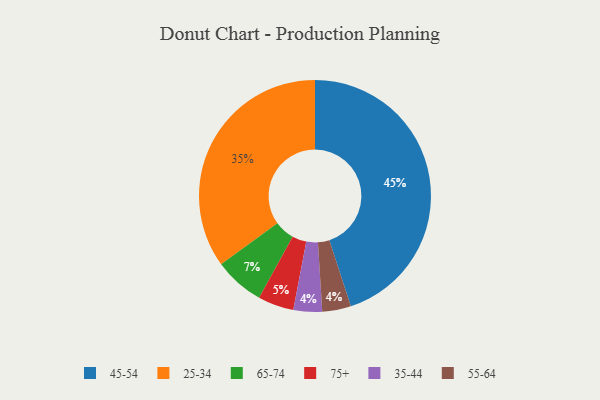
{"axis": {"x": "Category", "y": "Percentage"}, "legend": ["25-34", "35-44", "45-54", "55-64", "65-74", "75+"], "data": [{"x": "75+", "y": 5, "type": "75+"}, {"x": "25-34", "y": 35, "type": "25-34"}, {"x": "45-54", "y": 45, "type": "45-54"}, {"x": "35-44", "y": 4, "type": "35-44"}, {"x": "65-74", "y": 7, "type": "65-74"}, {"x": "55-64", "y": 4, "type": "55-64"}]}